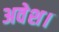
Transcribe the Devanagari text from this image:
अवेश।